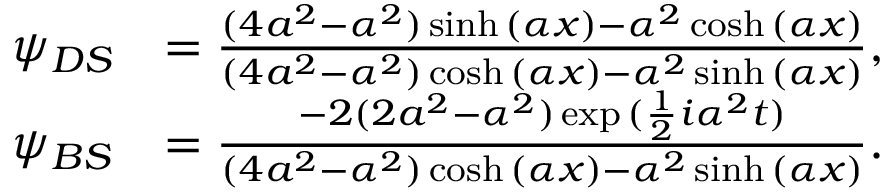
\begin{array} { r l r } & { \psi _ { D S } } & { = \frac { ( 4 a ^ { 2 } - \alpha ^ { 2 } ) \sinh { ( \alpha x ) } - \alpha ^ { 2 } \cosh { ( \alpha x ) } } { ( 4 a ^ { 2 } - \alpha ^ { 2 } ) \cosh { ( \alpha x ) } - \alpha ^ { 2 } \sinh { ( \alpha x ) } } , } \\ & { \psi _ { B S } } & { = \frac { - 2 ( 2 a ^ { 2 } - \alpha ^ { 2 } ) \exp { ( \frac { 1 } { 2 } i \alpha ^ { 2 } t } ) } { ( 4 a ^ { 2 } - \alpha ^ { 2 } ) \cosh { ( \alpha x ) } - \alpha ^ { 2 } \sinh { ( \alpha x ) } } . } \end{array}